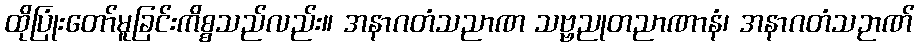
ထိုပြုံးတော်မူခြင်းကိစ္စသည်လည်း။ အနာဂတံသညာဏ သဗ္ဗညုတညာဏာနံ၊ အနာဂတံသဉာဏ်